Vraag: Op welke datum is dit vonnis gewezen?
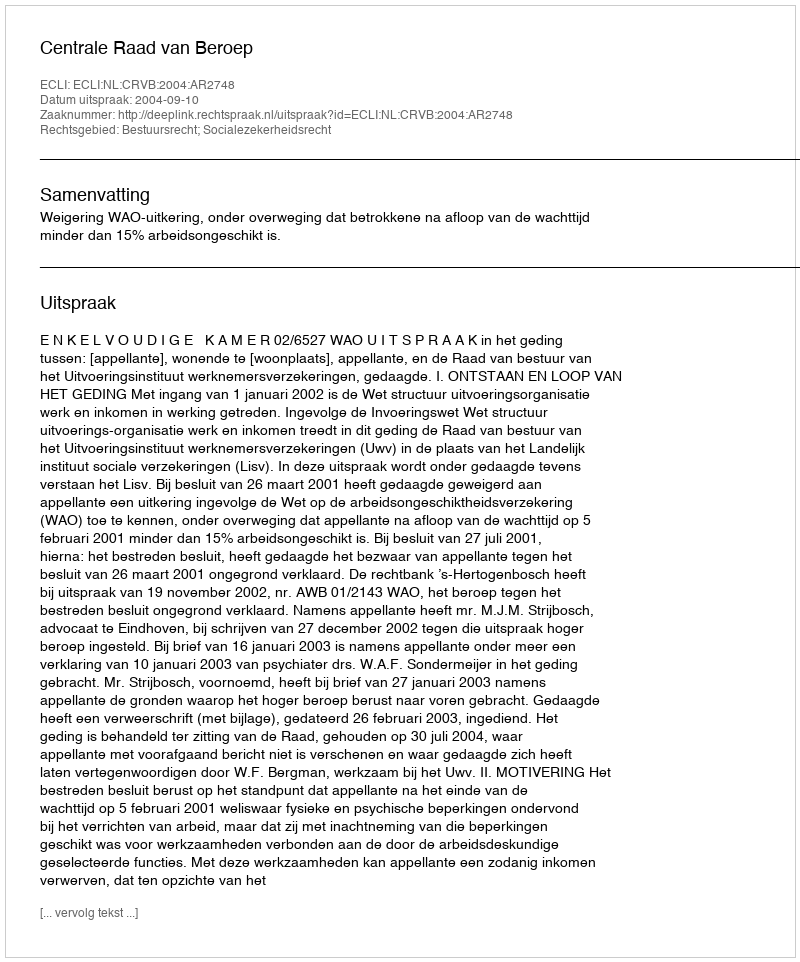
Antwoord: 2004-09-10